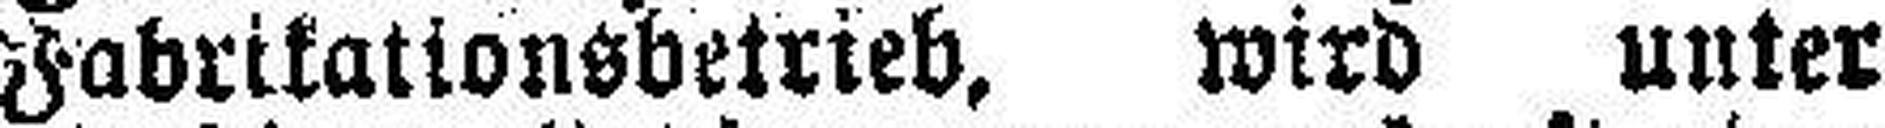
Fabrikationsbetrieb, wird unter